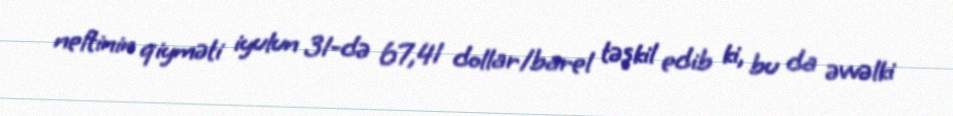
neftinin qiyməti iyulun 31-də 67,41 dollar/barel təşkil edib ki, bu da əvvəlki